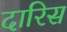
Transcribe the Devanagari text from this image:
दारिस